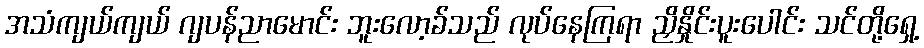
အသံကျယ်ကျယ် ဂျပန်ညာမောင်း ဘူးလော့ခ်သည် လုပ်နေကြရာ ညှိနှိုင်းပူးပေါင်း သင်တို့ရှေ့